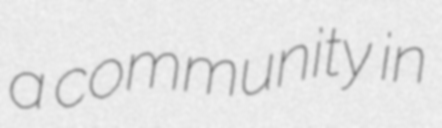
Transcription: a community in